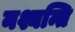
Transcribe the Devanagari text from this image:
नश्यन्ति